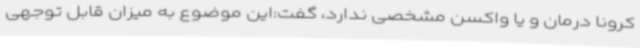
کرونا درمان و یا واکسن مشخصی ندارد، گفت:این موضوع به میزان قابل توجهی